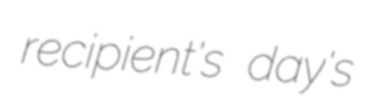
recipient's day's